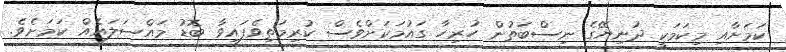
ކަމަށާއި މިކަމަކީ ދުނިޔޭގެ ނިސްބަތުން ހުރިހާ ގައުމަކަށްވެސް ކުރިމަތިވެފައިވާ ބޮޑު މައްސަލައެއް ކަމަށެވެ.